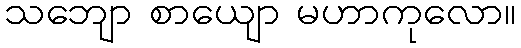
သဘျော စာယျော မဟာကုလော။